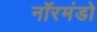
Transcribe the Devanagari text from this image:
नॉरमंडो